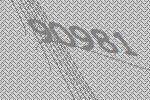
90981